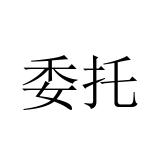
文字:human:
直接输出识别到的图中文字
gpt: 委托